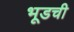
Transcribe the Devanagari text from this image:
भूडची